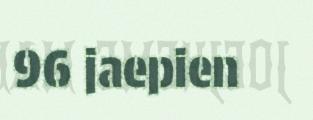
96 jaepien